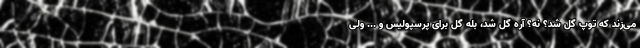
می‌زند که توپ گل شد؟ نه؟ آره گل شد، بله گل برای پرسپولیس و ... ولی